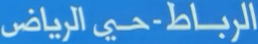
الرباط-حي الرياض